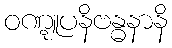
ဝဏ္ဋူပနိဗန္ဓနာနိ